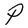
Character: P